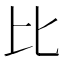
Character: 比